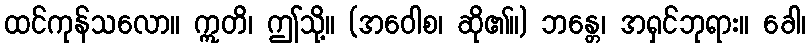
ထင်ကုန်သလော။ ဣတိ၊ ဤသို့။ (အဝေါစ၊ ဆို၏။) ဘန္တေ၊ အရှင်ဘုရား။ ခေါ၊